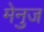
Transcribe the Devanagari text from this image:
मेनुज